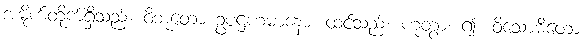
အမိုက်တိုက်ရှိသည်။ ဝိဘူတော ဥပဋ္ဌဟမာနော၊ ထင်သည်။ ဟုတွာ၊ ၍။ ဝိသောဓိတော